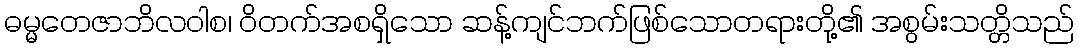
ဓမ္မတေဇာဘိလဝါစ၊ ဝိတက်အစရှိသော ဆန့်ကျင်ဘက်ဖြစ်သောတရားတို့၏ အစွမ်းသတ္တိသည်